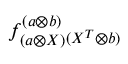
f _ { ( a \otimes X ) } ^ { ( a \otimes b ) } { } _ { ( X ^ { T } \otimes b ) }